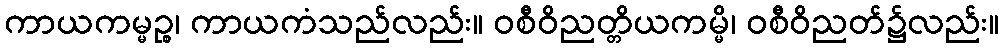
ကာယကမ္မဉ္စ၊ ကာယကံသည်လည်း။ ဝစီဝိညတ္တိယကမ္မိ၊ ဝစီဝိညတ်၌လည်း။